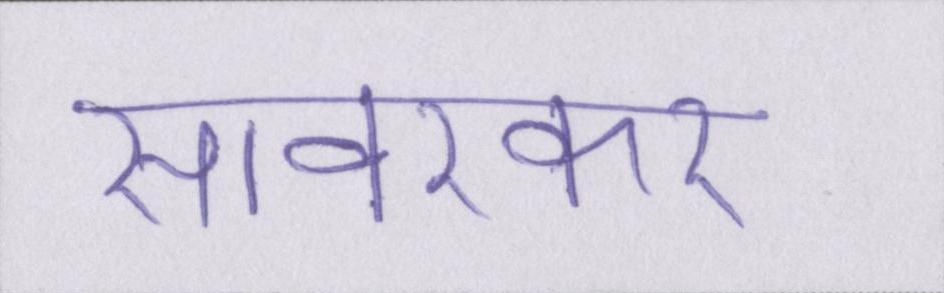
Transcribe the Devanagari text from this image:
सावरकर